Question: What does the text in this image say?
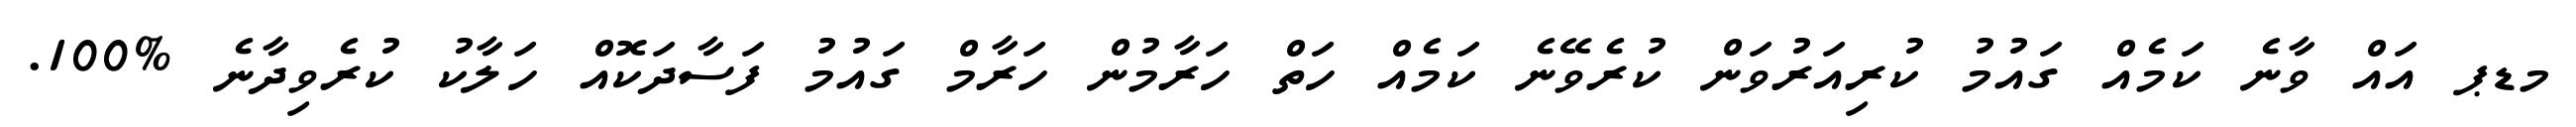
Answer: މޑޕ އައް ވާނެ ކަމެއް ގައުމު ކުރިއަރުވަން ކުރެވޭނެ ކަމެއް ހަތް ހަރާމުން ހަރާމް ގައުމު ފަސާދަކޮއް ހަލާކު ކުރެވިދާނެ %100.